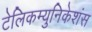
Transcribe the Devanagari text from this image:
टेलिकम्युनिकेशंस